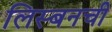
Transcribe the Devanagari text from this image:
लिस्बनची